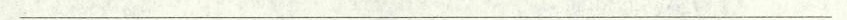
___